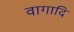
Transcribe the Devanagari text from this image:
वागादि